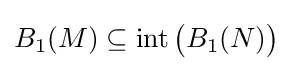
B_{1}(M)\subseteq \operatorname {int} {\bigl (}B_{1}(N){\bigr )}